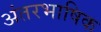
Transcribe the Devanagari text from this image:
अंतरभाषिक